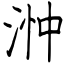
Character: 浺